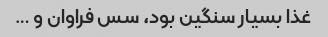
غذا بسیار سنگین بود، ‌سس فراوان و …